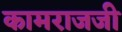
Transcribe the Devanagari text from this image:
कामराजजी